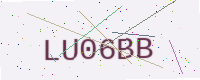
Text: LU06BB